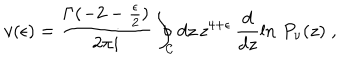
v ( \epsilon ) = \frac { \Gamma ( - 2 - { \frac { \epsilon } { 2 } } ) } { 2 \pi i } \oint _ { \mathcal C } d z \, z ^ { 4 + \epsilon } \, \frac { d } { d z } \ln \, P _ { \nu } ( z ) \; ,